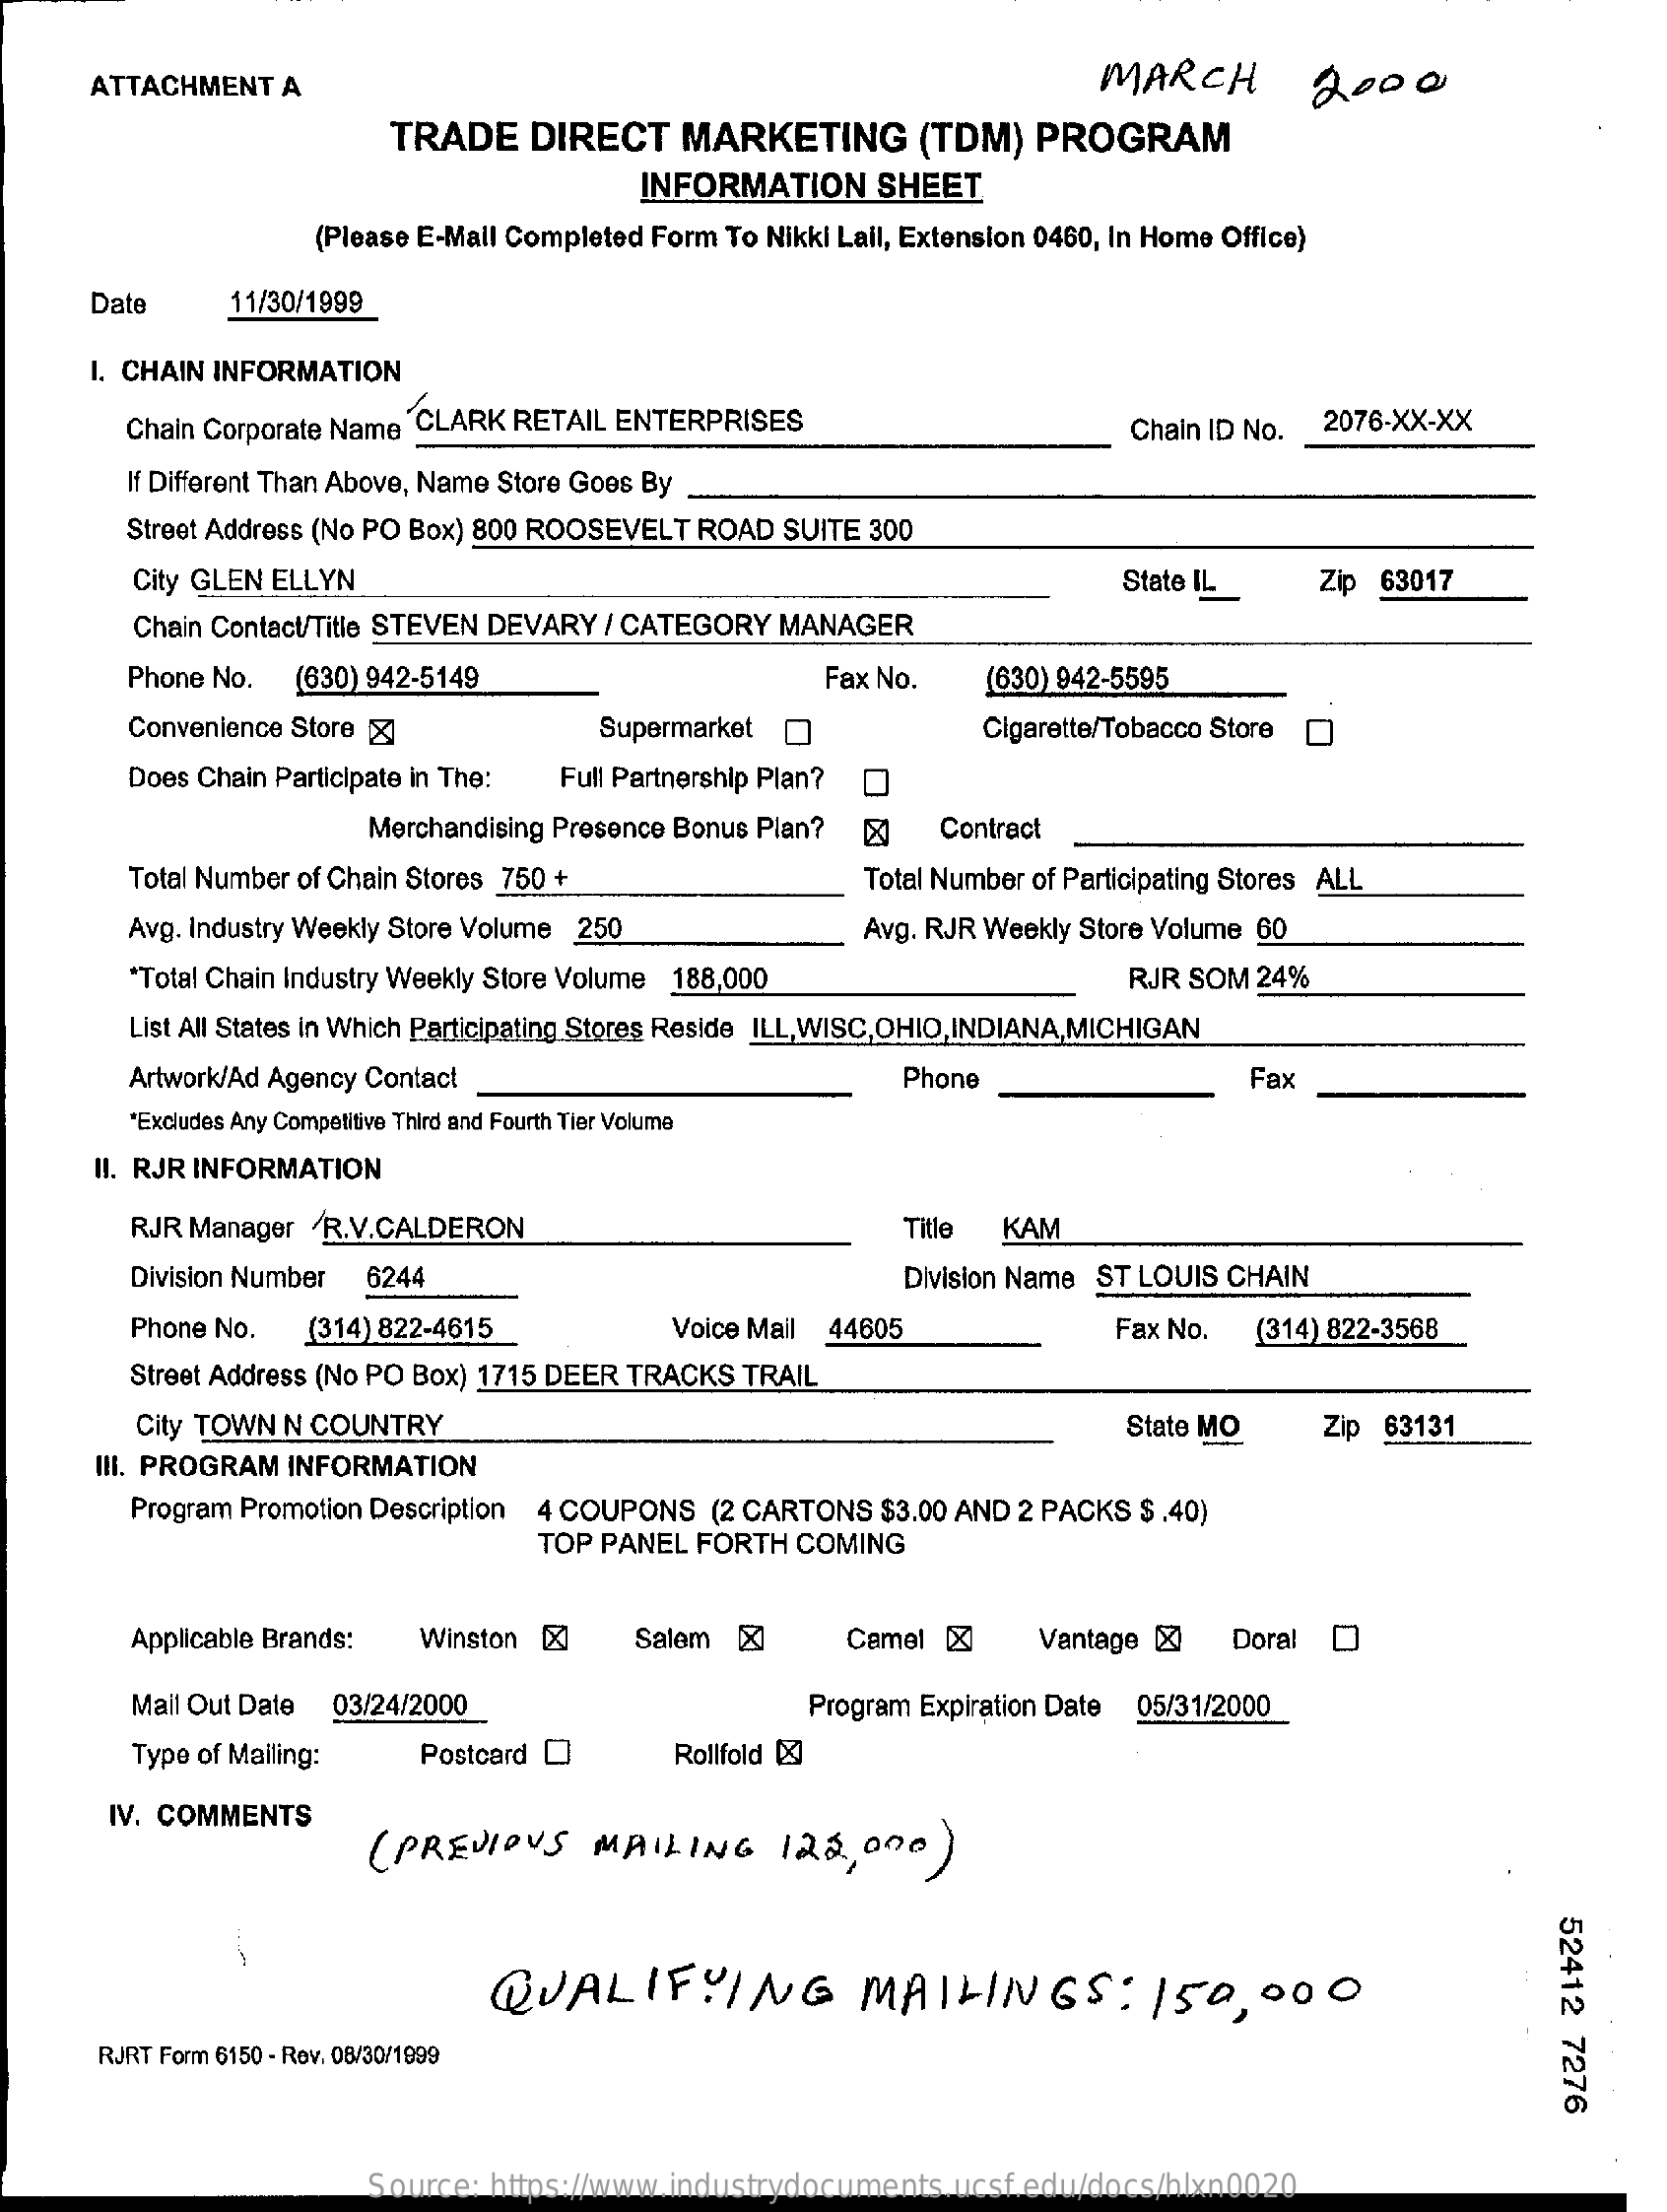
ATTACHMENT    A    MARCH    2000
     TRADE    DIRECT    MARKETING    (TDM)   PROGRAM
     INFORMATION    SHEET
     (Please E-Mall Completed Form To Nikki Lail, Extension 0460, In Home Office)
     Date    11/30/1999
     I. CHAIN INFORMATION
     Chain Corporate Name CLARK RETAIL ENTERPRISES    Chain ID No.  2076-XX-XX
     If Different Than Above, Name Store Goes By _
     Street Address (No PO Box) 800 ROOSEVELT ROAD SUITE 300
     City GLEN ELLYN    State IL.    Zip  63017
     Chain Contact/Title STEVEN DEVARY / CATEGORY MANAGER
     Phone No.   (630) 942-5149    Fax No.    (630) 942-5595
     Convenience Store    Supermarket    Cigarette/Tobacco Store [
     Does Chain Participate in The: Full Partnership Plan? O
     Merchandising Presence Bonus Plan?    Contract
     Total Number of Chain Stores 750 +    Total Number of Participating Stores ALL
     Avg. Industry Weekly Store Volume 250    Avg. RJR Weekly Store Volume 60
     *Total Chain Industry Weekly Store Volume 188,000    RJR SOM  24%
     List All States in Which Participating Stores Reside ILL, WISC,OHIO, INDIANA,MICHIGAN
     Artwork/Ad Agency Contact    Phone    Fax
     *Excludes Any Competitive Third and Fourth Tier Volume
     II. RJR INFORMATION
     RJR Manager  /R.V.CALDERON    Title KAM
     Division Number  6244    Division Name ST LOUIS CHAIN
     Phone No.    (314) 822-4615    Voice Mail 44605    Fax No.   (314) 822-3568
     Street Address (No PO Box) 1715 DEER TRACKS TRAIL
     City TOWN N COUNTRY    State MO    Zip 63131
     III. PROGRAM INFORMATION
     Program Promotion Description 4 COUPONS  (2 CARTONS  $3.00 AND 2 PACKS $ .40)
     TOP PANEL  FORTH  COMING
     Applicable Brands:   Winston [X]    Salem  [    Camel [X    Vantage [X   Doral  O
     Mail Out Date 03/24/2000    Program Expiration Date 05/31/2000
     Type of Mailing:    Postcard O    Rollfold &
     IV. COMMENTS
     ( PREVIOUS    MAILING    122,  000   )
     52412
     7276
     QUALIFYING    MAILINGS:    150,000
     RJRT Form 6150 - Rev. 08/30/1999
     Source:  https://www.industrydocuments.ucsf.edu/docs/hlxn0020